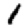
Digit: 1